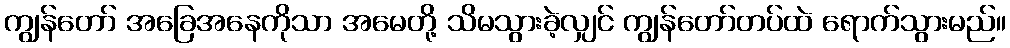
ကျွန်တော် အခြေအနေကိုသာ အမေတို့ သိမသွားခဲ့လျှင် ကျွန်တော်တပ်ထဲ ရောက်သွားမည်။